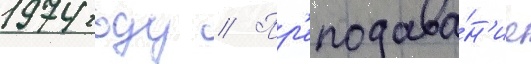
1974 году // Пр'еподава́н'ие